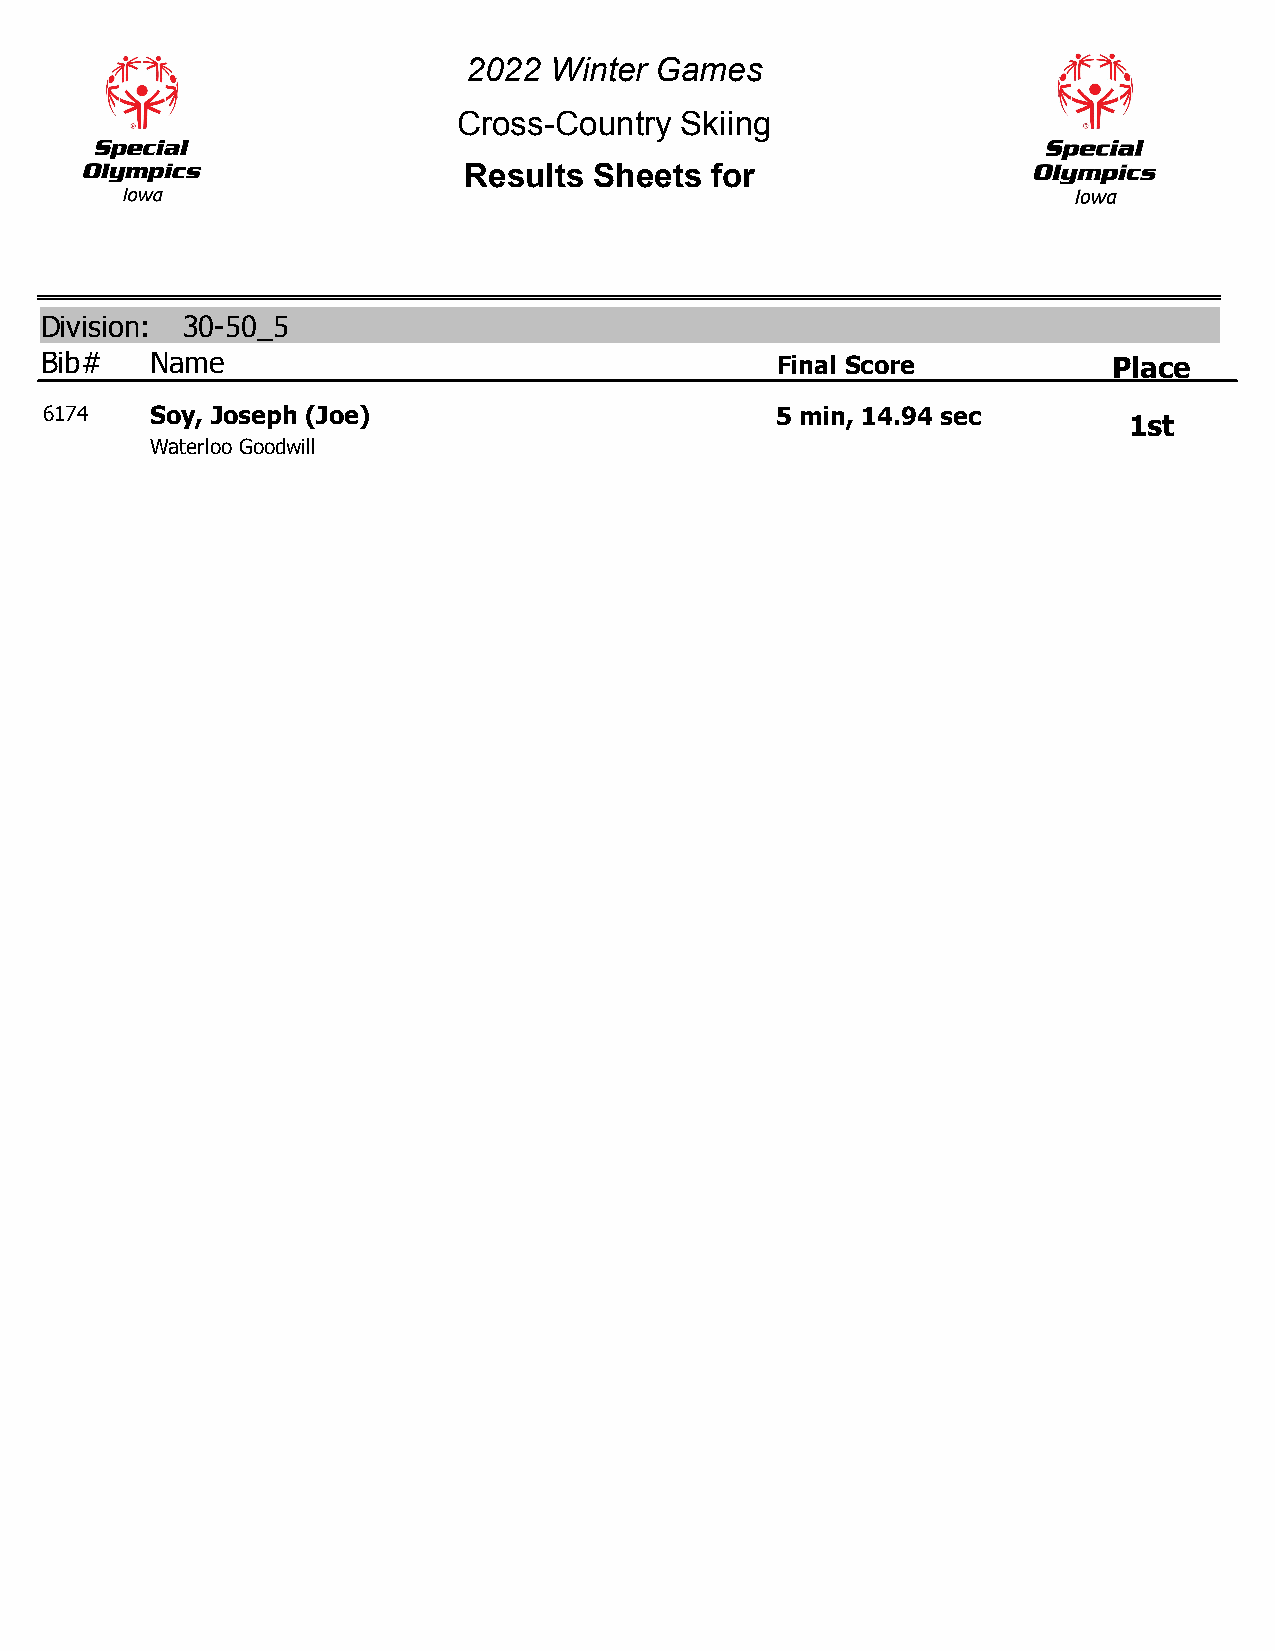
2022 Winter Games
 Cross-Country  Skiing
 Results Sheets  for
 Division: 30-50_5
 Bib#   Name                                     Final Score            Place
 6174   Soy, Joseph (Joe)                        5 min, 14.94 sec
 1st
 Waterloo Goodwill